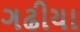
ગઢીયા